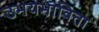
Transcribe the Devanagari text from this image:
उभयभाविता